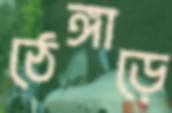
ঠেঙ্গাড়ে